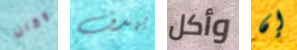
وكان يهدف وأكل إن